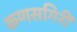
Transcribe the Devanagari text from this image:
कणसगिरी